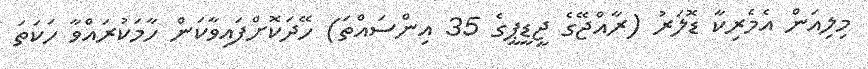
މިލިއަން އެމެރިކާ ޑޮލަރު (ރާއްޖޭގެ ޖީޑީޕީގެ 35 އިންސައްތަ) ހޭދަކޮށްފައިވާކަން ހާމަކުރައްވާ ހަކަތަ